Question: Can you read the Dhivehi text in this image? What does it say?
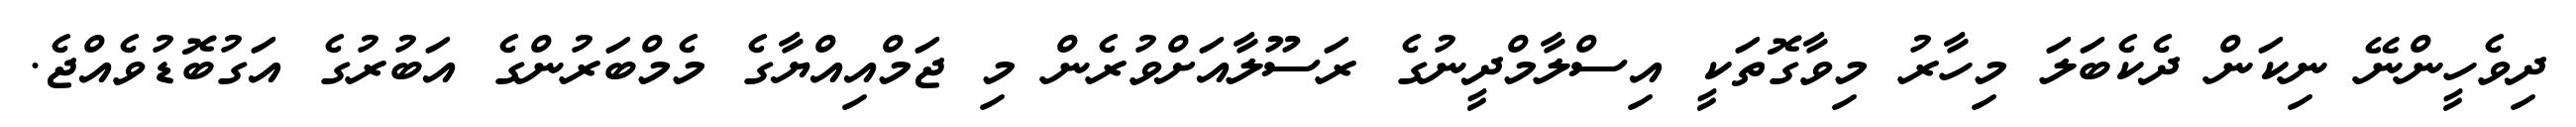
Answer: ދިވެހީންނޭ ނިކަން ދެކެބަލަ މިހާރު މިވާގޮތަކީ އިސްލާމްދީނުގެ ރަސޫލާއަށްވުރެން މި ޖަމްއިއްޔާގެ މެމްބަރުންގެ އަބުރުގެ އަގުބޮޑުވެއްޖެ.